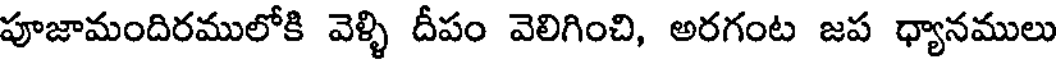
పూజామందిరములోకి వెళ్ళి దీపం వెలిగించి, అరగంట జప ధ్యానములు